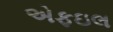
એફઇલ